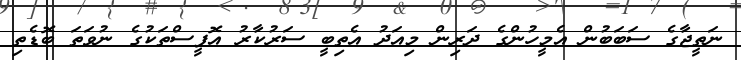
ނަތީޖާގެ ސަބަބުން އެމީހުންގެ ދަރިން މިއަދު އެތިބީ ސަރުކާރު އޮފީސްތަކުގެ ނުވަތަ ބޮޑެތި